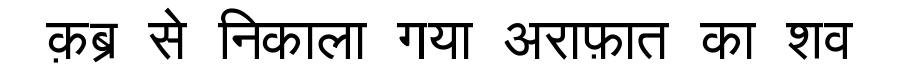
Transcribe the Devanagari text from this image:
क़ब्र से निकाला गया अराफ़ात का शव